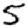
Digit: 5